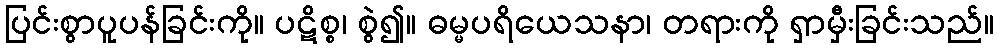
ပြင်းစွာပူပန်ခြင်းကို။ ပဋိစ္စ၊ စွဲ၍။ ဓမ္မပရိယေသနာ၊ တရားကို ရှာမှီးခြင်းသည်။